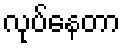
လုပ်နေတာ